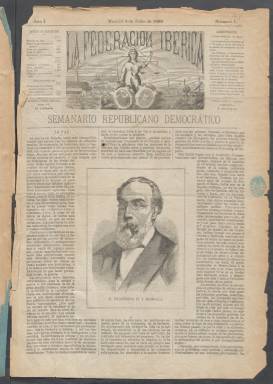
Título: La Federación Ibérica
Colección: Periódicos
Ámbito geográfico: Madrid
Lugar de publicación: Madrid
Fechas: 04/07/1886-02/01/1888